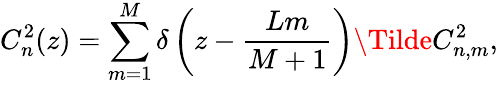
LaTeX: C_{n}^{2}(z)=\sum_{m=1}^{M}\delta\left(z-\frac{Lm}{M+1}\right)\Tilde{C}_{n,m}^{2},